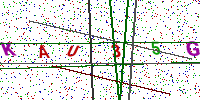
Text: KAU35G